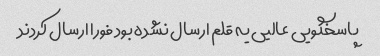
پاسخگویی عالیی یه قلم ارسال نشده بود فورا ارسال کردند